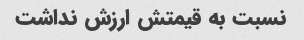
نسبت به قیمتش ارزش نداشت